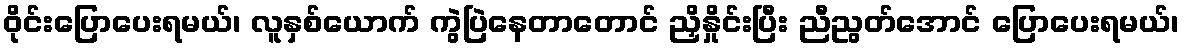
ဝိုင်းပြောပေးရမယ်၊ လူနှစ်ယောက် ကွဲပြဲနေတာတောင် ညှိနှိုင်းပြီး ညီညွတ်အောင် ပြောပေးရမယ်၊